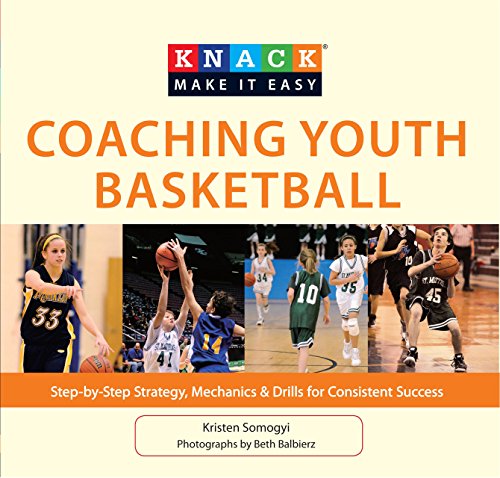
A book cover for Knack Coaching Youth Basketball: Step-By-Step Strategy, Mechanics & Drills For Consistent Success (Knack: Make It Easy); Kristen Somogyi; Sports & Outdoors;